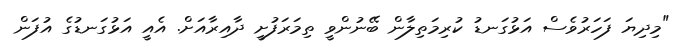
"މިދިޔަ ފަހަރުވެސް އަޅުގަނޑު ކުރިމަތިލާން ބޭނުންވީ ތިމަރަފުށީ ދާއިރާއަށް. އެއީ އަޅުގަނޑުގެ އުފަން